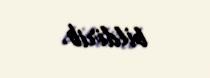
bildirib.